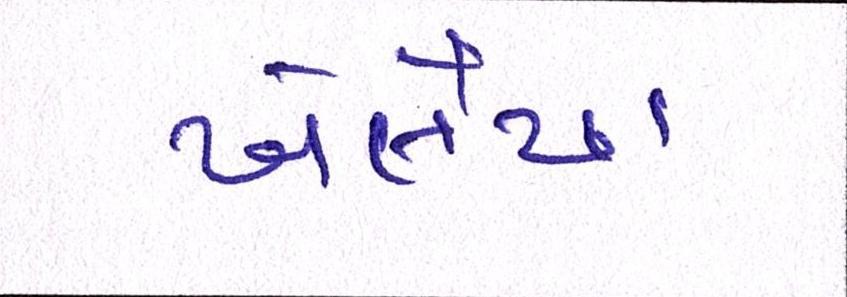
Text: ખેલૈયા